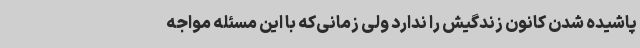
پاشیده شدن کانون زندگیش را ندارد ولی زمانی‌که با این مسئله مواجه